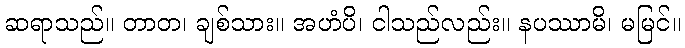
ဆရာသည်။ တာတ၊ ချစ်သား။ အဟံပိ၊ ငါသည်လည်း။ နပဿာမိ၊ မမြင်။